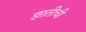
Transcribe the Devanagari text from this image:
ज्ञातीची